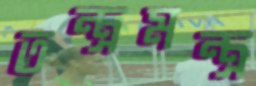
তন্ত্রমন্ত্র